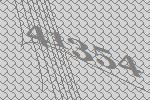
41354